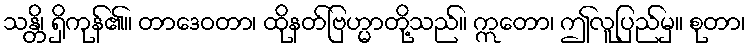
သန္တိ၊ ရှိကုန်၏။ တာဒေဝတာ၊ ထိုနတ်ဗြဟ္မာတို့သည်။ ဣတော၊ ဤလူပြည်မှ။ စုတာ၊